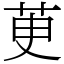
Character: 茰